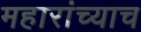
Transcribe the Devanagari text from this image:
महारांच्याच